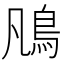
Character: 𩾨